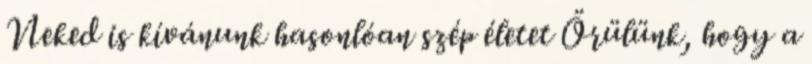
Neked is kívánunk hasonlóan szép életet Örülünk, hogy a